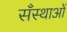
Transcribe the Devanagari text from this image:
सँस्थाओं